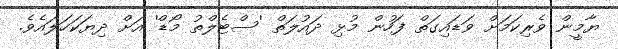
ޔާމީން ވެރިކަމަށް ވަޑައިގަތް ފަހުން މުޅި ދައުލަތް 'ސްޓެލްތު މޯޑް' އަށް ދިޔަކަހަލައެވެ.